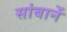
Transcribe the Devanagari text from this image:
सांबानें